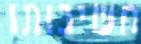
חשיבותו